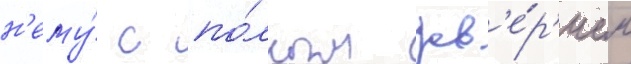
н'ему́ с по́лным дов'е́р'ием